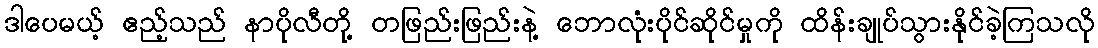
ဒါပေမယ့် ဧည့်သည် နာပိုလီတို့ တဖြည်းဖြည်းနဲ့ ဘောလုံးပိုင်ဆိုင်မှုကို ထိန်းချုပ်သွားနိုင်ခဲ့ကြသလို